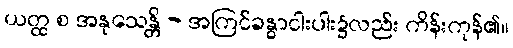
ယတ္ထ စ အနုသေန္တိ - အကြင်ခန္ဓာငါးပါး၌လည်း ကိန်းကုန်၏။